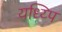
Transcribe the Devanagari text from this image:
यध्य्पि